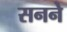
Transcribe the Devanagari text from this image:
सनने